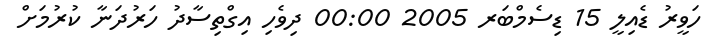
ހަވީރު ޑެއިލީ 15 ޑިސެމްބަރ 2005 00:00 ދިވެހި އިގްތިސާދު ހަރުދަނާ ކުރުމަށް